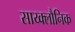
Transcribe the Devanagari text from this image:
साय्क्लौनिक